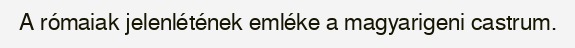
A rómaiak jelenlétének emléke a magyarigeni castrum.